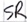
Text: SR